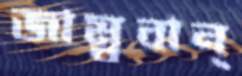
জাম্বুবান্‌